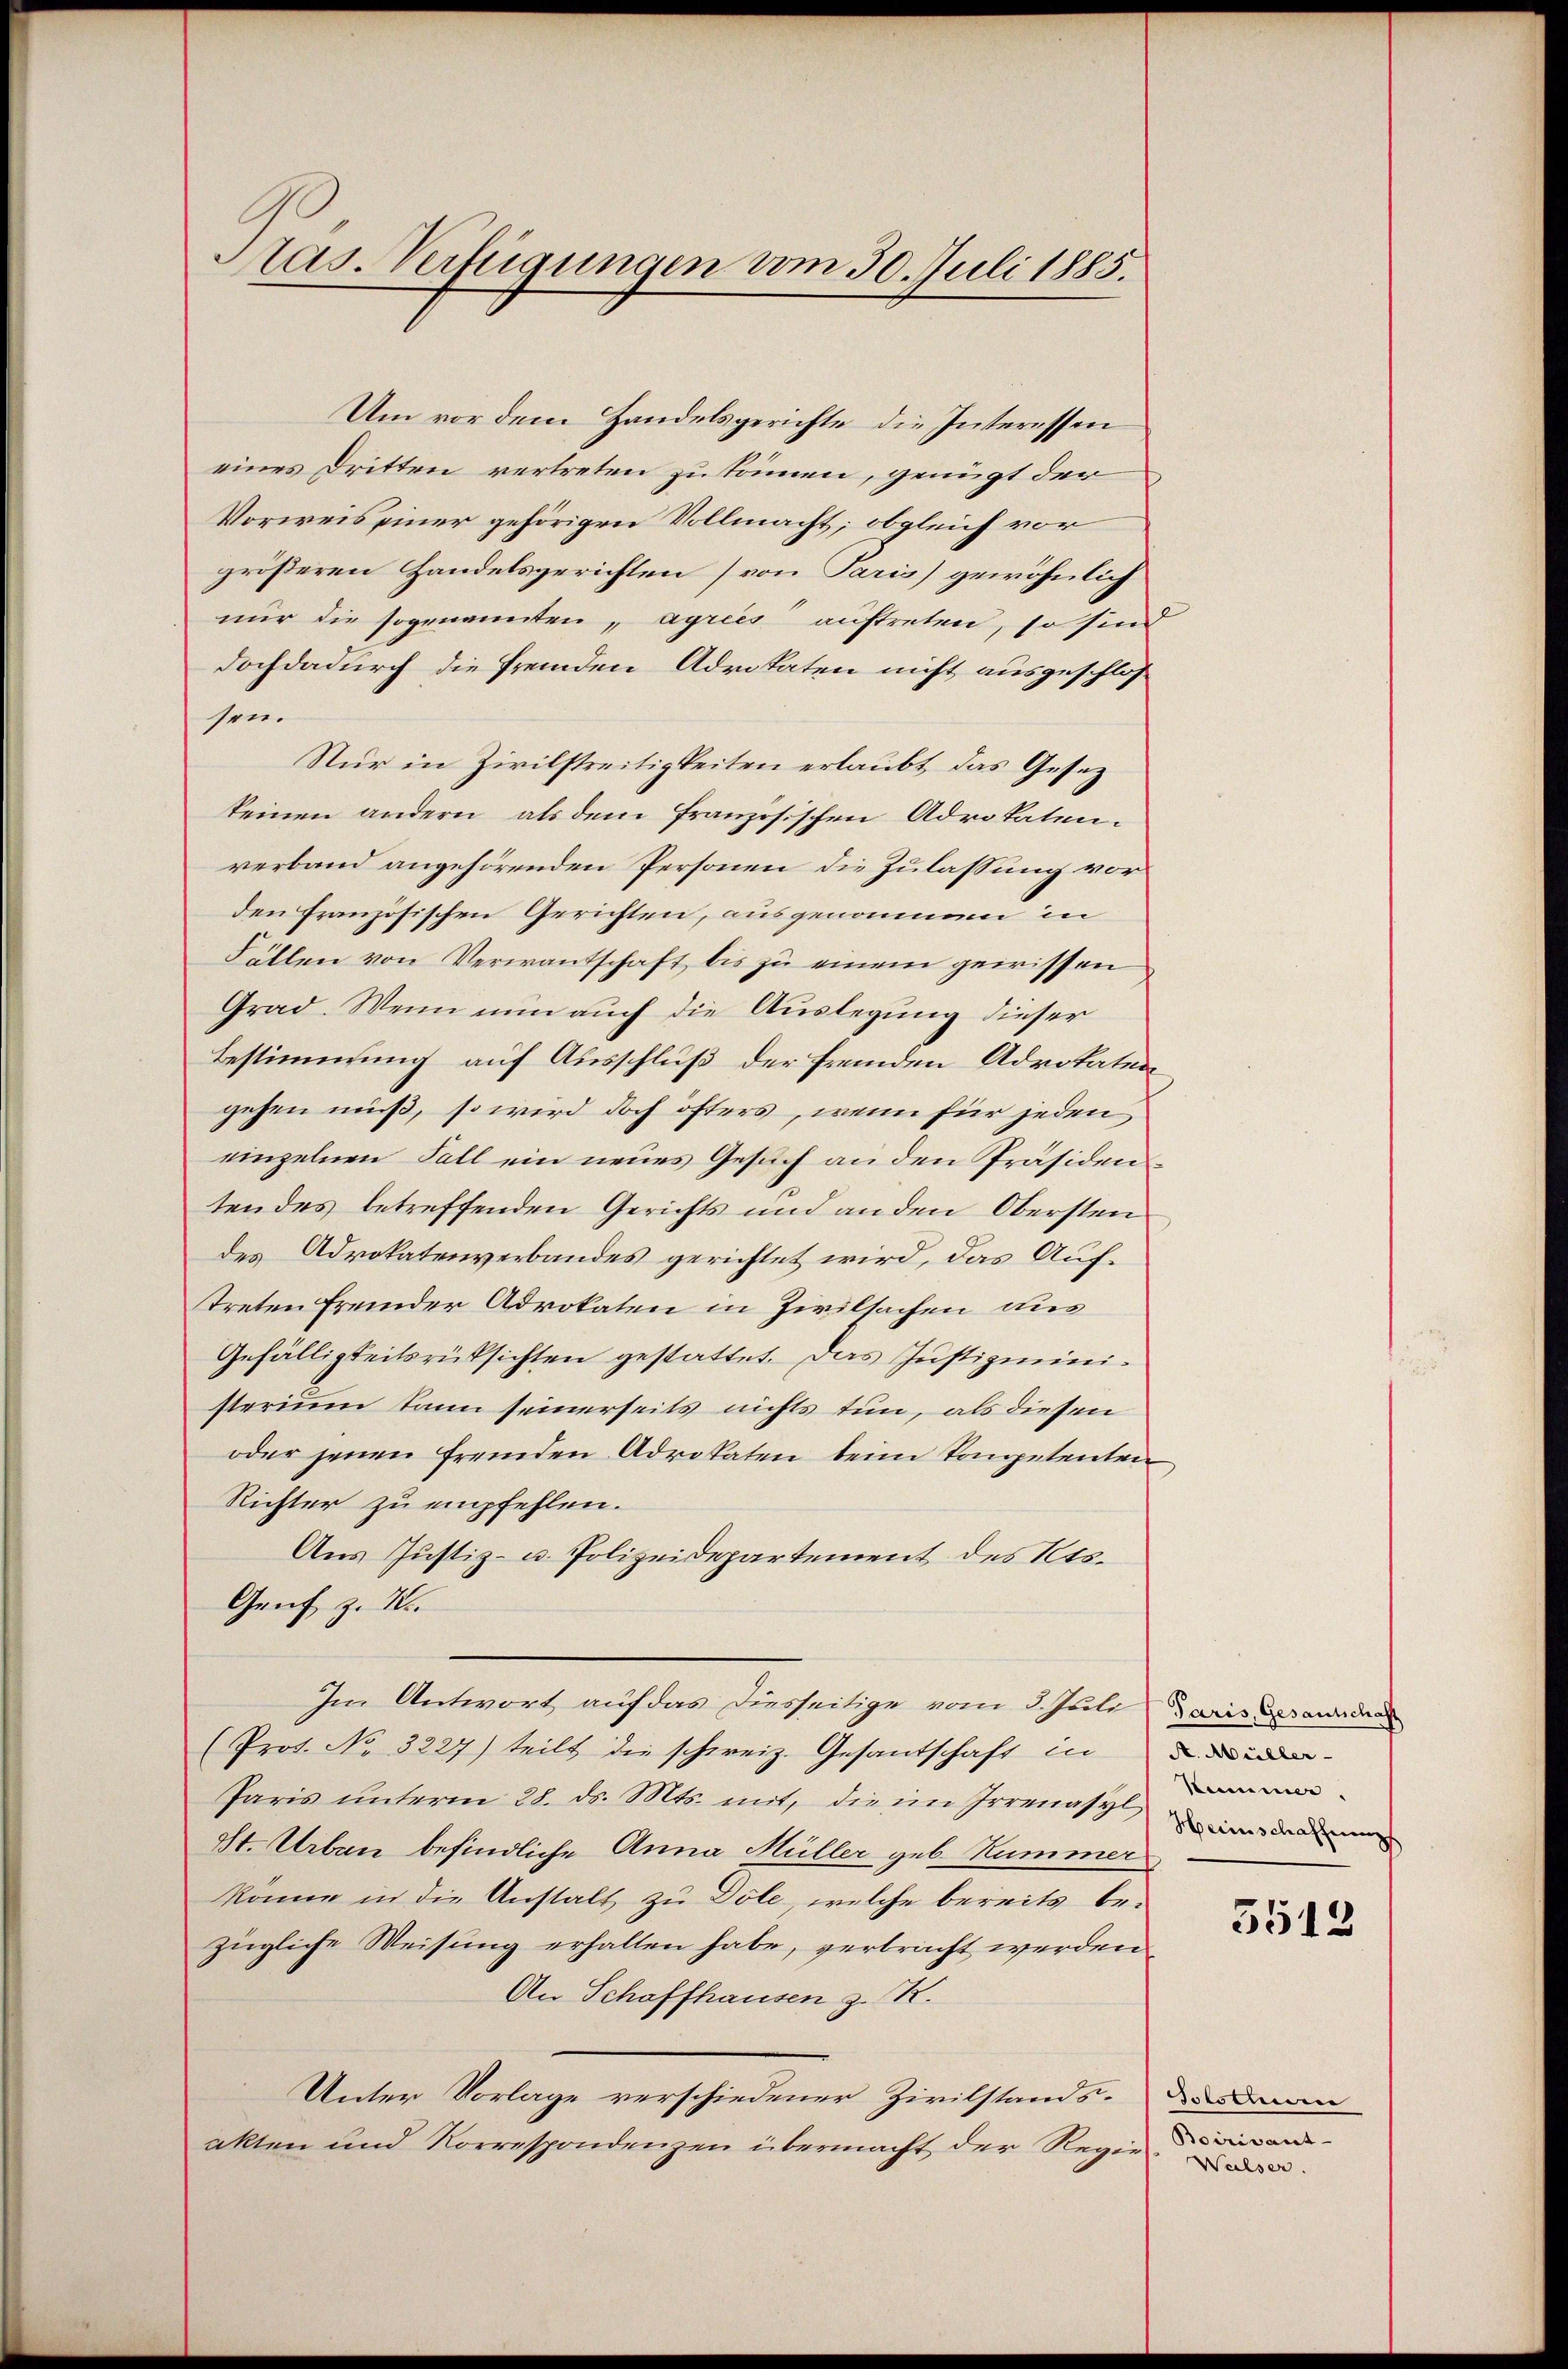
las. Verfügungen vom 30. Juli 1885.

Um vor dem Handelsgerichte die Interessen
eines Dritten vertreten zu können, genügt der
Vorweis einer gehörigen Vollmacht; obgleich vor
größeren Handelsgerichten von Paris) gewöhnlich
nur die sogenannten, agries auftreten, so sind
doch dadurch die fremden Advokaten nicht ausgeschlossen.
Nur in Zivilstreitigkeiten erlaubt, das Gesezkeinen andern, als dem französischen Advokaten-
verband angehörenden Personen die Zulassung vor
den französischen Gerichten, ausgenommen in
Fällen von Verwantschaft bis zu einem gewissen
Grad. Wenn nun auch die Auslegung dieser
Bestimmung auf Ausschluß der fremden Advokaten
gehen muß, so wird doch öfters, wenn für jeden
einzelnen Fall ein neues Gesuch an den Präsidentendes betreffenden Gerichts und an den Obersten
des Advokatenverbandes gerichtet wird, das Auftreten fremder Advokaten in Zivilsachen dies
Gefälligkeitsrüksichten gestattet. Das Justizministerium kann seinerseits nichts tun, als diesen
oder jenen fremden Advokaten beim Kompetenten,
Richter zu empfehlen.
Aus Justiz- u. Polizeidepartement des Kts.
Genf z. W.
Im Antwort auf das Diesseitige vom 3. Juli daris ande
(Prot. No. 3227) teilt die schweiz. Gesantschaft in
Paris unterm 28. d. Mts. mit, die im Irrenasyl wir da
St. Urban befindliche Anna Müller geb. Kummer
könne in die Anstalt zu Döle, welche bereits be-
zügliche Weisung erhalten habe, verbracht werden.
An Schaffhausen z. R.
Unter Vorlage verschiedener Zivilstands- Dan
akten und Korrespondenzen übermacht der Regie-

Kammer.

5512

Proment
Walser.